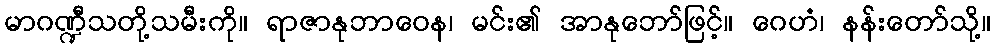
မာဂဏ္ဍီသတို့သမီးကို။ ရာဇာနုဘာဝေန၊ မင်း၏ အာနုဘော်ဖြင့်။ ဂေဟံ၊ နန်းတော်သို့။